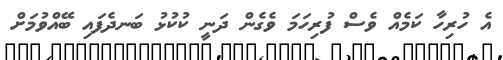
އެ ހުރިހާ ކަމެއް ވެސް ފުރިހަމަ ވެގެން ދަނީ ކުކުޅު ބަނދެފައި ބޭއްވުމަށް